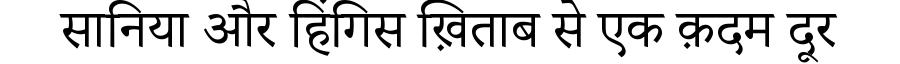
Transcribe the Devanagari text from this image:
सानिया और हिंगिस ख़िताब से एक क़दम दूर